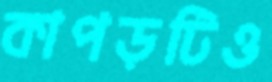
কাপড়টিও